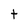
Character: t